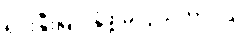
ရင်းနှီးမြုပ်နှံဖို့ မလွယ်တာပါ။